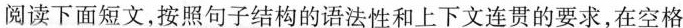
阅读下面短文,按照句子结构的语法性和上下文连贯的要求,在空格